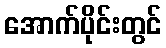
အောက်ပိုင်းတွင်